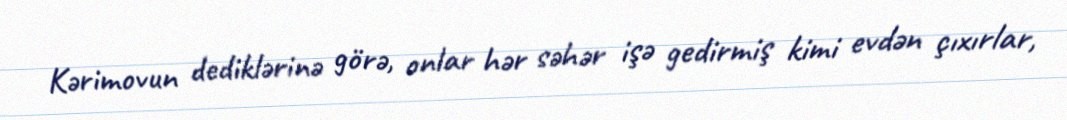
Kərimovun dediklərinə görə, onlar hər səhər işə gedirmiş kimi evdən çıxırlar,